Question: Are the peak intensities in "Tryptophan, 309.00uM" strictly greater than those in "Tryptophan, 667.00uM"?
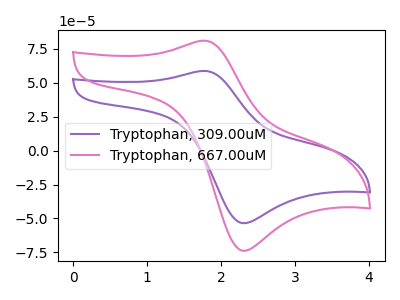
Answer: <think>The purple curve "Tryptophan, 309.00uM" has an anodic peak at (1.75V, 58.65uA) and a cathodic peak at (2.30V, -53.45uA). The pink curve "Tryptophan, 667.00uM" has an anodic peak at (1.75V, 80.95uA) and a cathodic peak at (2.30V, -73.75uA).</think>
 <answer>Every peak in "Tryptophan, 309.00uM" is lower than every peak in "Tryptophan, 667.00uM".</answer>
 <eval>lower</eval>